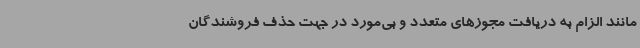
مانند الزام به دریافت مجوزهای متعدد و بی‌مورد در جهت حذف فروشندگان